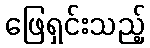
ဖြေရှင်းသည့်